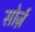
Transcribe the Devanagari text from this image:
सोर्ज़